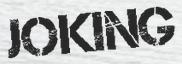
JOKING